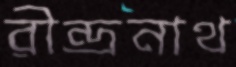
রীন্দ্রনাথ